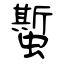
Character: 蟴